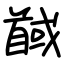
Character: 馘